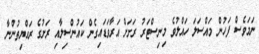
ނަމަވެސް ފަހުން މައްސަލަ ހައްލުވެ މިނިސްޓަރު ރަށަށް އަރާވަޑައިގެން ކައުންސިލާއި ރަށުގެ ރައްޔިތުންނާ